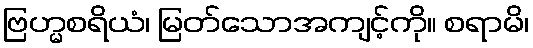
ဗြဟ္မစရိယံ၊ မြတ်သောအကျင့်ကို။ စရာမိ၊